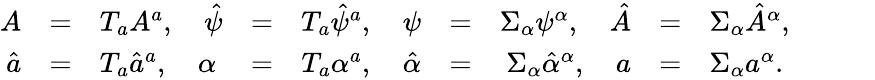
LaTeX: \begin{array}{rclrclrclrcl}{{A}}&{{=}}&{{T_{a}A^{a},\quad\hat{\psi}}}&{{=}}&{{T_{a}\hat{\psi}^{a},\quad\psi}}&{{=}}&{{\Sigma_{\alpha}\psi^{\alpha},\quad\hat{A}}}&{{=}}&{{\Sigma_{\alpha}\hat{A}^{\alpha},}}&{{}}&{{}}&{{}}\\ {{\hat{a}}}&{{=}}&{{T_{a}\hat{a}^{a},\quad\alpha}}&{{=}}&{{T_{a}\alpha^{a},\quad\hat{\alpha}}}&{{=}}&{{\Sigma_{\alpha}\hat{\alpha}^{\alpha},\quad a}}&{{=}}&{{\Sigma_{\alpha}a^{\alpha}.}}&{{}}&{{}}&{{}}\end{array}